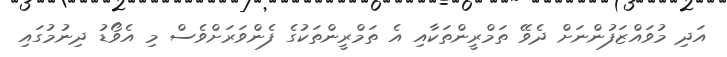
އަދި މުވައްޒަފުންނަށް ދެވޭ ތަމްރީންތަކާއި އެ ތަމްރީންތަކުގެ ފެންވަރަށްވެސް މި އެވޯޑު ދިނުމުގައި